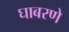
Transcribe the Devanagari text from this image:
घाबरणे